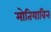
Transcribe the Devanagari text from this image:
मोतियाबिन